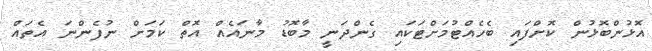
އޮޅުންބޮޅުން ކޮށްފައި ބެހެއްޓުމަށްޓަކައި ގެންދަނީ މާބޮޑު މާނައެއް އޮތް ކަމަށް ނުފެންނަ އެތައް